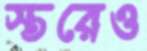
স্তরেও